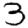
Digit: 3